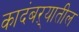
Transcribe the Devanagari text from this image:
कादंबऱ्यातील